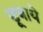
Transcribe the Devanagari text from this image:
डूबाये